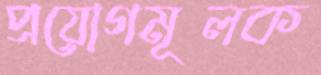
প্রয়োগমূলক